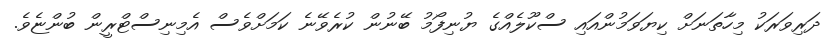
ދަރިވަރަކު މިހާތަނަށް ކިޔަވަމުންއައި ސްކޫލެއްގެ ޔުނިފޯމު ބޭނުން ކުރެވޭނެ ކަމަށްވެސް އެމިނިސްޓްރީން ބުންޏެވެ.